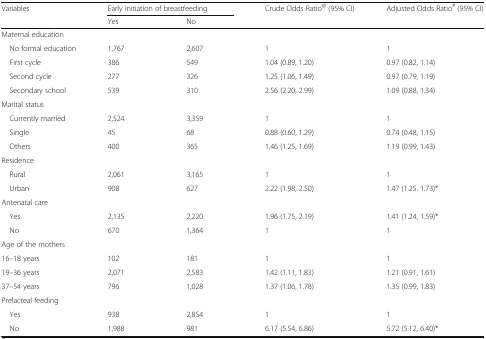
| Variables | <COLSPAN=2> Early initiation of breastfeeding | Crude Odds Ratio@ (95% CI) | Adjusted Odds Ratio# (95% CI) |
 |  | Yes | No |  |  |
 | --- | --- | --- | --- | --- |
 | <COLSPAN=5> Maternal education |
 | No formal education | 1,767 | 2,607 | 1 | 1 |
 | First cycle | 386 | 549 | 1.04 (0.89, 1.20) | 0.97 (0.82, 1.14) |
 | Second cycle | 277 | 326 | 1.25 (1.06, 1.49) | 0.97 (0.79, 1.19) |
 | Secondary school | 539 | 310 | 2.56 (2.20, 2.99) | 1.09 (0.88, 1.34) |
 | <COLSPAN=5> Marital status |
 | Currently married | 2,524 | 3,359 | 1 | 1 |
 | Single | 45 | 68 | 0.88 (0.60, 1.29) | 0.74 (0.48, 1.15) |
 | Others | 400 | 365 | 1.46 (1.25, 1.69) | 1.19 (0.99, 1.43) |
 | <COLSPAN=5> Residence |
 | Rural | 2,061 | 3,165 | 1 | 1 |
 | Urban | 908 | 627 | 2.22 (1.98, 2.50) | 1.47 (1.25. 1.73)* |
 | <COLSPAN=5> Antenatal care |
 | Yes | 2,135 | 2,220 | 1.96 (1.75, 2.19) | 1.41 (1.24, 1.59)* |
 | No | 670 | 1,364 | 1 | 1 |
 | <COLSPAN=5> Age of the mothers |
 | 16–18 years | 102 | 181 | 1 | 1 |
 | 19–36 years | 2,071 | 2,583 | 1.42 (1.11, 1.83) | 1.21 (0.91, 1.61) |
 | 37–54 years | 796 | 1,028 | 1.37 (1.06, 1.78) | 1.35 (0.99, 1.83) |
 | <COLSPAN=5> Prelacteal feeding |
 | Yes | 938 | 2,854 | 1 | 1 |
 | No | 1,988 | 981 | 6.17 (5.54, 6.86) | 5.72 (5.12, 6.40)* |